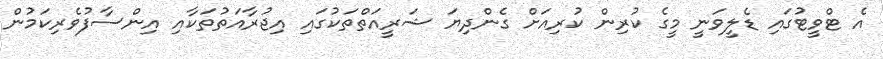
އެ ޓްވީޓުގައި ޑެލީވަނީ މީގެ ކުރިން ކުރިއަށް ގެންދިޔަ ޝަރީއަތްތަކުގައި އިޖުރާއަތުތަކާއި އިންސާފުވެރިކަމުން